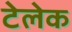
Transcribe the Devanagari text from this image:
टेलेक